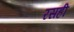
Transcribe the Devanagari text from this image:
रसही